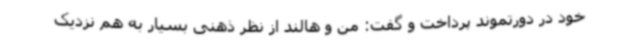
خود در دورتموند پرداخت و گفت: من و هالند از نظر ذهنی بسیار به هم نزدیک